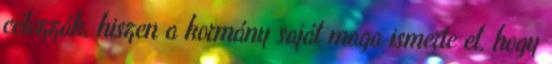
célozzák, hiszen a kormány saját maga ismerte el, hogy